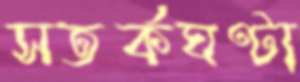
সতর্কঘণ্টা